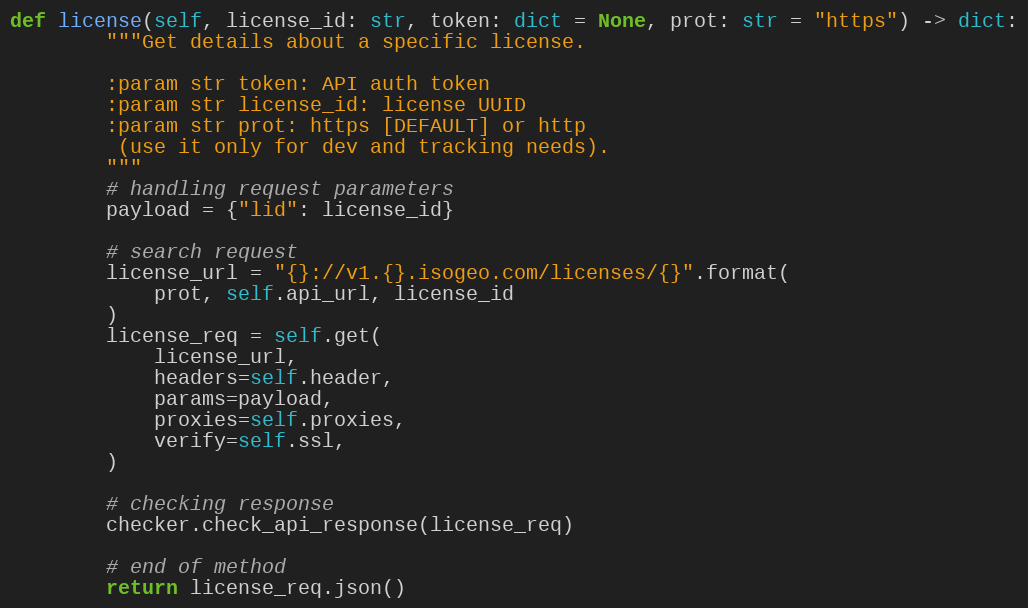
Language: Python
def license(self, license_id: str, token: dict = None, prot: str = "https") -> dict:
        """Get details about a specific license.

        :param str token: API auth token
        :param str license_id: license UUID
        :param str prot: https [DEFAULT] or http
         (use it only for dev and tracking needs).
        """
        # handling request parameters
        payload = {"lid": license_id}

        # search request
        license_url = "{}://v1.{}.isogeo.com/licenses/{}".format(
            prot, self.api_url, license_id
        )
        license_req = self.get(
            license_url,
            headers=self.header,
            params=payload,
            proxies=self.proxies,
            verify=self.ssl,
        )

        # checking response
        checker.check_api_response(license_req)

        # end of method
        return license_req.json()